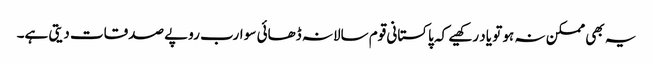
یہ بھی ممکن نہ ہو تو یاد رکھیے کہ پاکستانی قوم سالانہ ڈھائی سو ارب روپے صدقات دیتی ہے۔